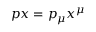
p x = p _ { \mu } x ^ { \mu }